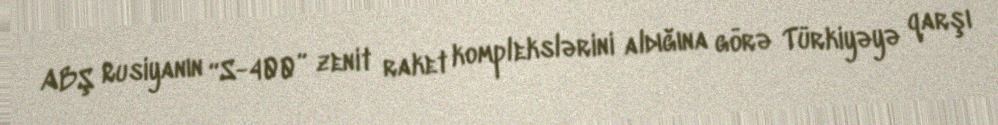
ABŞ Rusiyanın “S-400” zenit raket komplekslərini aldığına görə Türkiyəyə qarşı